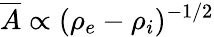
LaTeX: \overline{{A}}\propto(\rho_{e}-\rho_{i})^{-1/2}